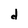
Character: d